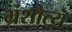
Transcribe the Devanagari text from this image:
भ्रंशोत्य